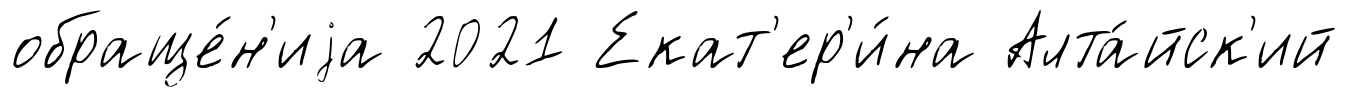
обраще́н'иjа 2021 Екат'ер'и́на Алта́йск'ий